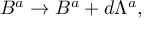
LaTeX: B ^ { a } \rightarrow B ^ { a } + d \Lambda ^ { a } ,